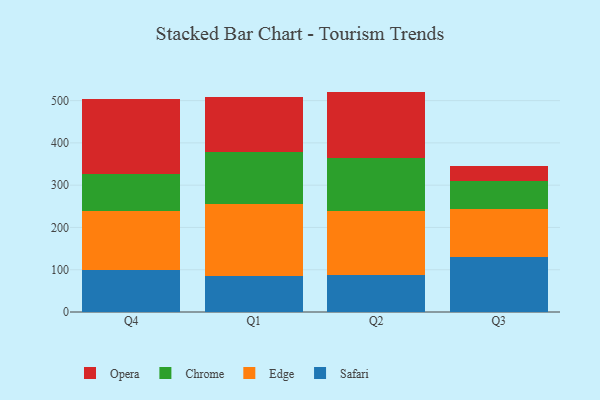
{"axis": {"x": "Quarter", "y": "Satisfaction Score"}, "legend": ["Chrome", "Edge", "Opera", "Safari"], "data": [{"x": "Q4", "y": 100.5, "type": "Safari"}, {"x": "Q4", "y": 138.8, "type": "Edge"}, {"x": "Q4", "y": 86.0, "type": "Chrome"}, {"x": "Q4", "y": 179.4, "type": "Opera"}, {"x": "Q1", "y": 84.0, "type": "Safari"}, {"x": "Q1", "y": 172.1, "type": "Edge"}, {"x": "Q1", "y": 123.4, "type": "Chrome"}, {"x": "Q1", "y": 128.8, "type": "Opera"}, {"x": "Q2", "y": 88.1, "type": "Safari"}, {"x": "Q2", "y": 149.9, "type": "Edge"}, {"x": "Q2", "y": 126.5, "type": "Chrome"}, {"x": "Q2", "y": 156.8, "type": "Opera"}, {"x": "Q3", "y": 129.1, "type": "Safari"}, {"x": "Q3", "y": 115.2, "type": "Edge"}, {"x": "Q3", "y": 65.5, "type": "Chrome"}, {"x": "Q3", "y": 36.5, "type": "Opera"}]}